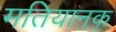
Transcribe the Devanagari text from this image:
मतियानक